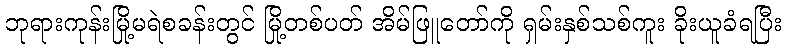
ဘုရားကုန်းမြို့မရဲစခန်းတွင် မြို့တစ်ပတ် အိမ်ဖြူတော်ကို ရှမ်းနှစ်သစ်ကူး ခိုးယူခံရပြီး